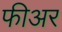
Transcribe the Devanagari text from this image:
फीअर